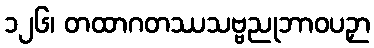
၁၂၆၊ တထာဂတဿသဗ္ဗညုဘာဝပဉှာ